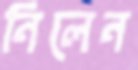
নিলেন